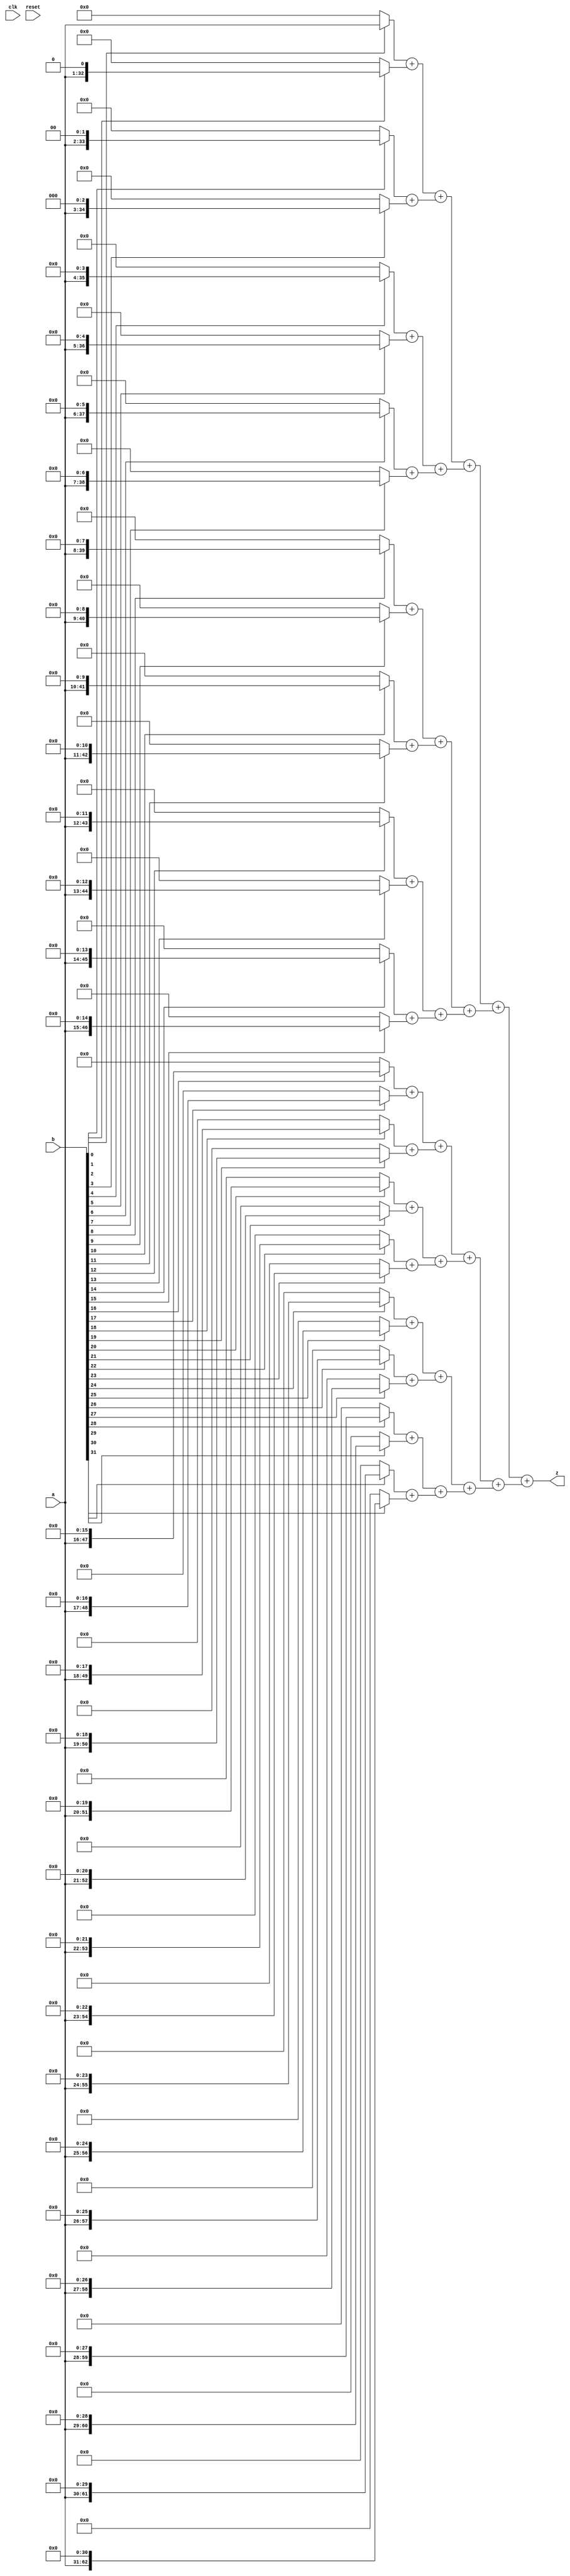
`timescale 1ns / 1ps
//////////////////////////////////////////////////////////////////////////////////
// Company: 
// Engineer: 
// 
// Design Name: 
// Module Name: MULTU
// Project Name: 
// Target Devices: 
// Tool Versions: 
// Description: 
// 
// Dependencies: 
// 
// Revision:
// Revision 0.01 - File Created
// Additional Comments:
// 
//////////////////////////////////////////////////////////////////////////////////

module MULTU(
input clk, 		// 
input reset,
input [31:0] a, //  a()
input [31:0] b, //  b( )
output [63:0] z //  z
);

wire [63:0] result;

wire [63:0] store0;
wire [63:0] store1;
wire [63:0] store2;
wire [63:0] store3;
wire [63:0] store4;
wire [63:0] store5;
wire [63:0] store6;
wire [63:0] store7;
wire [63:0] store8;
wire [63:0] store9;
wire [63:0] store10;
wire [63:0] store11;
wire [63:0] store12;
wire [63:0] store13;
wire [63:0] store14;
wire [63:0] store15;
wire [63:0] store16;
wire [63:0] store17;
wire [63:0] store18;
wire [63:0] store19;
wire [63:0] store20;
wire [63:0] store21;
wire [63:0] store22;
wire [63:0] store23;
wire [63:0] store24;
wire [63:0] store25;
wire [63:0] store26;
wire [63:0] store27;
wire [63:0] store28;
wire [63:0] store29;
wire [63:0] store30;
wire [63:0] store31;

wire [63:0] store0_1;
wire [63:0] store2_3;
wire [63:0] store4_5;
wire [63:0] store6_7;
wire [63:0] store8_9;
wire [63:0] store10_11;
wire [63:0] store12_13;
wire [63:0] store14_15;
wire [63:0] store16_17;
wire [63:0] store18_19;
wire [63:0] store20_21;
wire [63:0] store22_23;
wire [63:0] store24_25;
wire [63:0] store26_27;
wire [63:0] store28_29;
wire [63:0] store30_31;

wire [63:0] store0_3;
wire [63:0] store4_7;
wire [63:0] store8_11;
wire [63:0] store12_15;
wire [63:0] store16_19;
wire [63:0] store20_23;
wire [63:0] store24_27;
wire [63:0] store28_31;

wire [63:0] store0_7;
wire [63:0] store8_15;
wire [63:0] store16_23;
wire [63:0] store24_31;

wire [63:0] store0_15;
wire [63:0] store16_31;


assign store0=b[0]?{32'b0,a}:64'b0;
assign store1=b[1]?{31'b0,a,1'b0}:64'b0;
assign store2=b[2]?{30'b0,a,2'b0}:64'b0;
assign store3=b[3]?{29'b0,a,3'b0}:64'b0;
assign store4=b[4]?{28'b0,a,4'b0}:64'b0;
assign store5=b[5]?{27'b0,a,5'b0}:64'b0;
assign store6=b[6]?{26'b0,a,6'b0}:64'b0;
assign store7=b[7]?{25'b0,a,7'b0}:64'b0;
assign store8=b[8]?{24'b0,a,8'b0}:64'b0;
assign store9=b[9]?{23'b0,a,9'b0}:64'b0;
assign store10=b[10]?{22'b0,a,10'b0}:64'b0;
assign store11=b[11]?{21'b0,a,11'b0}:64'b0;
assign store12=b[12]?{20'b0,a,12'b0}:64'b0;
assign store13=b[13]?{19'b0,a,13'b0}:64'b0;
assign store14=b[14]?{18'b0,a,14'b0}:64'b0;
assign store15=b[15]?{17'b0,a,15'b0}:64'b0;
assign store16=b[16]?{16'b0,a,16'b0}:64'b0;
assign store17=b[17]?{15'b0,a,17'b0}:64'b0;
assign store18=b[18]?{14'b0,a,18'b0}:64'b0;
assign store19=b[19]?{13'b0,a,19'b0}:64'b0;
assign store20=b[20]?{12'b0,a,20'b0}:64'b0;
assign store21=b[21]?{11'b0,a,21'b0}:64'b0;
assign store22=b[22]?{10'b0,a,22'b0}:64'b0;
assign store23=b[23]?{9'b0,a,23'b0}:64'b0;
assign store24=b[24]?{8'b0,a,24'b0}:64'b0;
assign store25=b[25]?{7'b0,a,25'b0}:64'b0;
assign store26=b[26]?{6'b0,a,26'b0}:64'b0;
assign store27=b[27]?{5'b0,a,27'b0}:64'b0;
assign store28=b[28]?{4'b0,a,28'b0}:64'b0;
assign store29=b[29]?{3'b0,a,29'b0}:64'b0;
assign store30=b[30]?{2'b0,a,30'b0}:64'b0;
assign store31=b[31]?{1'b0,a,31'b0}:64'b0;

assign store0_1=store0+store1;
assign store2_3=store2+store3;
assign store4_5=store4+store5;
assign store6_7=store6+store7;
assign store8_9=store8+store9;
assign store10_11=store10+store11;
assign store12_13=store12+store13;
assign store14_15=store14+store15;
assign store16_17=store16+store17;
assign store18_19=store18+store19;
assign store20_21=store20+store21;
assign store22_23=store22+store23;
assign store24_25=store24+store25;
assign store26_27=store26+store27;
assign store28_29=store28+store29;
assign store30_31=store30+store31;
assign store0_3=store0_1+store2_3;
assign store4_7=store4_5+store6_7;
assign store8_11=store8_9+store10_11;
assign store12_15=store12_13+store14_15;
assign store16_19=store16_17+store18_19;
assign store20_23=store20_21+store22_23;
assign store24_27=store24_25+store26_27;
assign store28_31=store28_29+store30_31;

assign store0_7=store0_3+store4_7;
assign store8_15=store8_11+store12_15;
assign store16_23=store16_19+store20_23;
assign store24_31=store24_27+store28_31;

assign store0_15=store0_7+store8_15;
assign store16_31=store16_23+store24_31;

assign result=store0_15+store16_31;

assign z=result;

endmodule